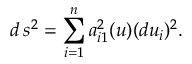
d \, s ^ { 2 } = \sum _ { i = 1 } ^ { n } a _ { i 1 } ^ { 2 } ( u ) ( d u _ { i } ) ^ { 2 } .